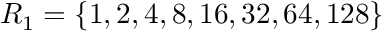
R _ { 1 } = \left\{ 1 , 2 , 4 , 8 , 1 6 , 3 2 , 6 4 , 1 2 8 \right\}